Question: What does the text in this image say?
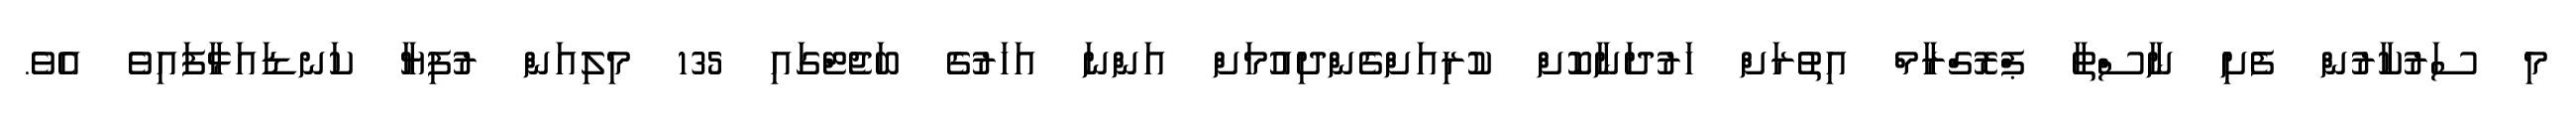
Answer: މި ސަރުކާރުން ފެށި ނާސްތާ ޕްރޮގްރާމް އިތުރަށް ހަރުދަނާކޮށް ކުރިއަށްގެންދިއުމަށް އަންނަ އަހަރުގެ ބަޖެޓްގައި 135 މިލިއަން ރުފިޔާ ކަނޑައަޅާފައިވެ އެވެ.